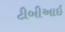
ટીબીઆઇ